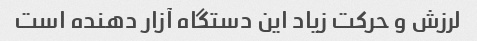
لرزش و حرکت زیاد این دستگاه آزار دهنده است